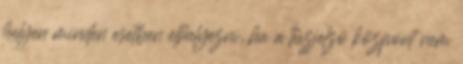
helyen minden esetben elhelyezni, ha a tûzjelzõ központ nem